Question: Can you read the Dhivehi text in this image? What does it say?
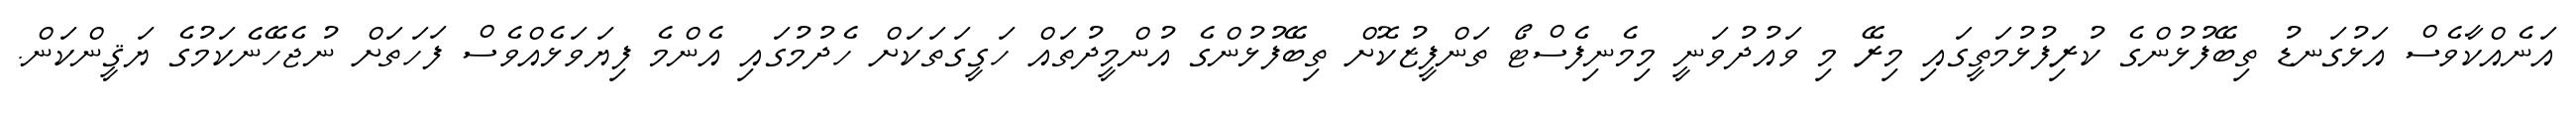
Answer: އަނެއްކާވެސް އަޅުގަނޑު ތިބޭފުޅުންގެ ކުރިފުޅުމަތީގައި މިރޭ މި ވައުދުވަނީ މިމެނިފެސްޓޯ ތަންފީޒުކޮށް ތިބޭފުޅުންގެ އުންމީދުތައް ހަގީގަތަކަށް ހެދުމުގައި އެންމެ ފިޔަވަޅެއްވެސް ފަހަތަށް ނުޖެހޭނެކަމުގެ ޔަޤީންކަން.